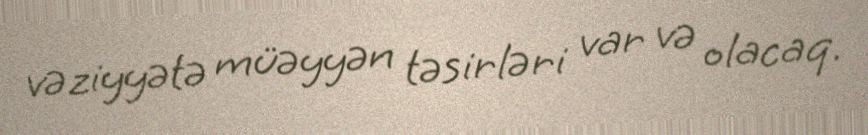
vəziyyətə müəyyən təsirləri var və olacaq.